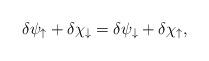
LaTeX: \begin{align*}\delta \psi_\uparrow +\delta \chi_\downarrow =\delta \psi_\downarrow +\delta \chi_\uparrow ,\end{align*}